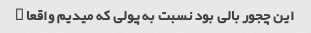
این چجور بالی بود نسبت به پولی که میدیم واقعا …